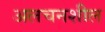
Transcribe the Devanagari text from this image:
अलचनशील